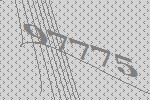
97775